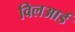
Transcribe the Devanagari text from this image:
विलआर्ड